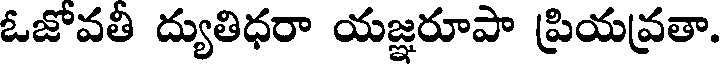
ఓజోవతీ ద్యుతిధరా యజ్ఞరూపా ప్రియవ్రతా.